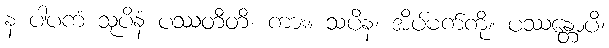
န ပါပကံ သုပိနံ ပဿတီတိ၊ ကား။ သပိနံ၊ အိပ်မက်ကို။ ပဿန္တောပိ၊